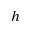
_ h